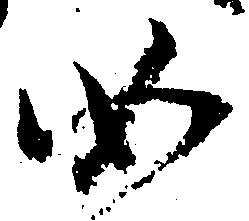
如